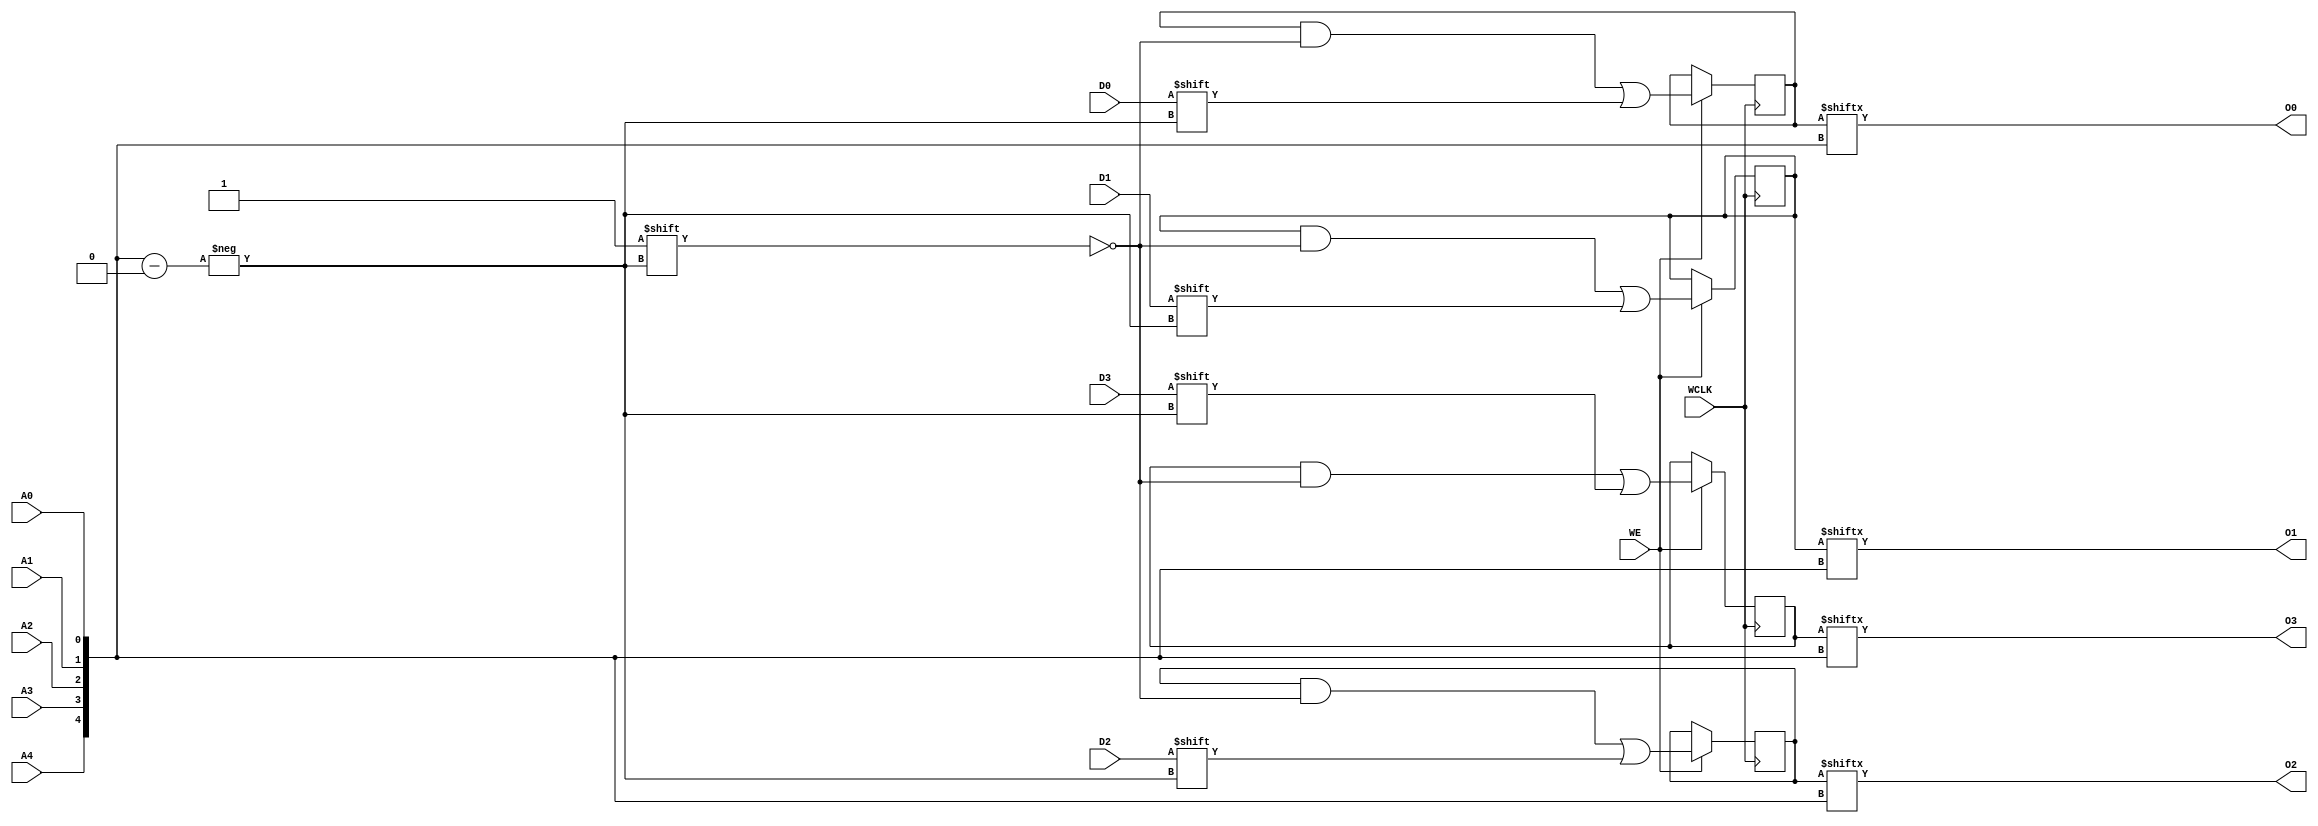
// $Header: /devl/xcs/repo/env/Databases/CAEInterfaces/verunilibs/data/unisims/RAM32X4S.v,v 1.8.158.1 2007/03/09 18:13:17 patrickp Exp $
///////////////////////////////////////////////////////////////////////////////
// Copyright (c) 1995/2004 Xilinx, Inc.
// All Right Reserved.
///////////////////////////////////////////////////////////////////////////////
//   ____  ____
//  /   /\/   /
// /___/  \  /    Vendor : Xilinx
// \   \   \/     Version : 8.1i (I.13)
//  \   \         Description : Xilinx Functional Simulation Library Component
//  /   /                  Static Synchronous RAM 32-Deep by 4-Wide
// /___/   /\     Filename : RAM32X4S.v
// \   \  /  \    Timestamp : Thu Mar 25 16:43:34 PST 2004
//  \___\/\___\
//
// Revision:
//    03/23/04 - Initial version.
//    02/04/05 - Rev 0.0.1 Remove input/output bufs; Remove for-loop in initial block;
// End Revision

`timescale  1 ps / 1 ps


module RAM32X4S (O0, O1, O2, O3, A0, A1, A2, A3, A4, D0, D1, D2, D3, WCLK, WE);

    parameter INIT_00 = 32'h00000000;
    parameter INIT_01 = 32'h00000000;
    parameter INIT_02 = 32'h00000000;
    parameter INIT_03 = 32'h00000000;

    output O0, O1, O2, O3;

    input  A0, A1, A2, A3, A4, D0, D1, D2, D3, WCLK, WE;

    reg  [31:0] mem0;
    reg  [31:0] mem1;
    reg  [31:0] mem2;
    reg  [31:0] mem3;

    wire [4:0] adr;

    assign adr = {A4, A3, A2, A1, A0};
    assign O0 = mem0[adr];
    assign O1 = mem1[adr];
    assign O2 = mem2[adr];
    assign O3 = mem3[adr];

    initial  begin
        mem0 = INIT_00;
        mem1 = INIT_01;
        mem2 = INIT_02;
        mem3 = INIT_03;
    end

    always @(posedge WCLK) 
        if (WE == 1'b1) begin
            mem0[adr] <= #100 D0;
            mem1[adr] <= #100 D1;
            mem2[adr] <= #100 D2;
            mem3[adr] <= #100 D3;
        end

endmodule